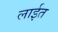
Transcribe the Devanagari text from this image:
लाईत